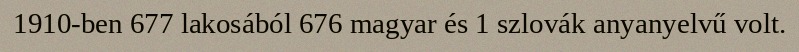
1910-ben 677 lakosából 676 magyar és 1 szlovák anyanyelvű volt.